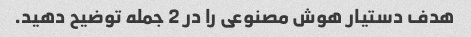
هدف دستیار هوش مصنوعی را در 2 جمله توضیح دهید.